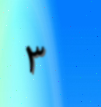
٣